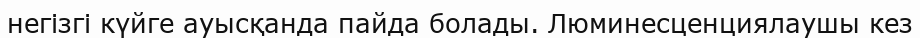
негізгі күйге ауысқанда пайда болады. Люминесценциялаушы кез